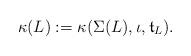
LaTeX: \begin{align*}\kappa (L) := \kappa(\Sigma (L), \iota, \mathfrak{t}_L). \end{align*}